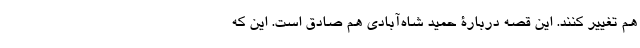
هم تغییر کنند. این قصه دربارۀ حمید شاه‌آبادی هم صادق است. این که